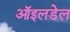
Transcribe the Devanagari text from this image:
ऑइलडेल